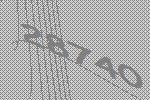
28740